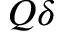
Q \delta